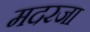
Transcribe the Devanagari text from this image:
मदरजा